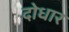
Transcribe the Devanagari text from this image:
दोधार